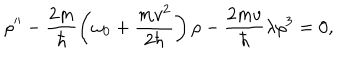
\rho ^ { \prime \prime } - \frac { 2 m } { \hbar } \left( \omega _ { 0 } + \frac { m v ^ { 2 } } { 2 \hbar } \right) \rho - { \frac { 2 m v } { \hbar } } \lambda \rho ^ { 3 } = 0 ,